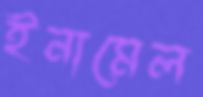
ইনামেল